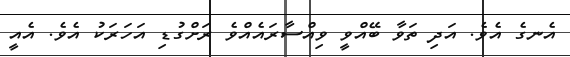
އެނގެ އެވެ. އަދި ތަވާ ބޭއްވީ ވިއްސާރައެއްވެ ރަށްގުޑި އަހަރަކު އެވެ. އެއީ